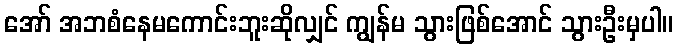
အော် အဘစံနေမကောင်းဘူးဆိုလျှင် ကျွန်မ သွားဖြစ်အောင် သွားဦးမှပါ။